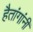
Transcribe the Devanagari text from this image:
हैतांगांनी